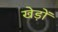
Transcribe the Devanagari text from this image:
खेड़ों